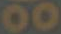
00